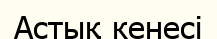
Астық кенесі